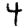
Digit: 4